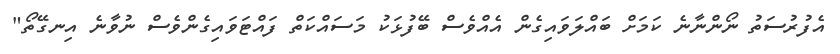
އެފުރުސަތު ނޯންނާނެ ކަމަށް ބައްލަވައިގެން އެއްވެސް ބޭފުޅަކު މަސައްކަތް ފައްޓަވައިގެންވެސް ނުވާނެ އިނގޭތޯ"